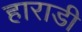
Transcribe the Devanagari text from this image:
हाराडी